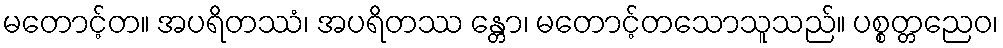
မတောင့်တ။ အပရိတဿံ၊ အပရိတဿ န္တော၊ မတောင့်တသောသူသည်။ ပစ္စတ္တညေဝ၊